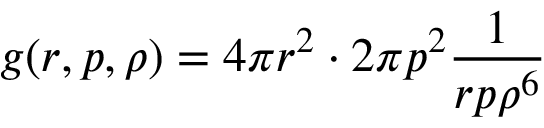
g ( r , p , \rho ) = 4 \pi r ^ { 2 } \cdot 2 \pi p ^ { 2 } \frac { 1 } { r p \rho ^ { 6 } }